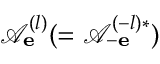
\mathcal { A } _ { \bf e } ^ { ( l ) } ( = \mathcal { A } _ { - \bf e } ^ { ( - l ) * } )